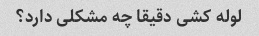
لوله کشی دقیقا چه مشکلی دارد؟